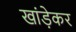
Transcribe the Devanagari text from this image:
खांड़ेकर